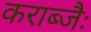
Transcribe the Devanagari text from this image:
कराब्जैः